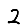
Digit: 2